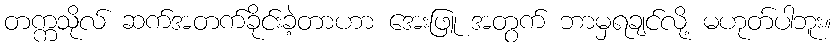
တက္ကသိုလ် ဆက်အတက်ခိုင်းခဲ့တာဟာ အေးဖြူ အတွက် ဘာမှရချင်လို့ မဟုတ်ပါဘူး။